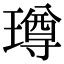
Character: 𭹼